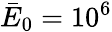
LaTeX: \bar{E}_{0}=10^{6}